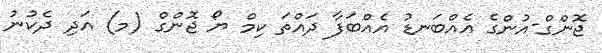
ޖޮންގް-އުންގެ އެއްބަނޑު އެއްބަފާ ދައްތަ ކިމް ޔޯ ޖޮންގް (މ) އަދި ދެކުނު